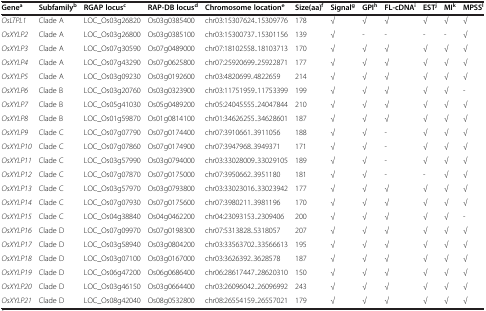
<table><thead><tr><td><b>Gene<sup>a</sup></b></td><td><b>Subfamily<sup>b</sup></b></td><td><b>RGAP locus<sup>c</sup></b></td><td><b>RAP-DB locus<sup>d</sup></b></td><td><b>Chromosome location<sup>e</sup></b></td><td><b>Size(aa)<sup>f</sup></b></td><td><b>Signal<sup>g</sup></b></td><td><b>GPI<sup>h</sup></b></td><td><b>FL-cDNA<sup>i</sup></b></td><td><b>EST<sup>j</sup></b></td><td><b>MI<sup>k</sup></b></td><td><b>MPSS<sup>l</sup></b></td></tr></thead><tbody><tr><td><i>OsLTPL1</i></td><td>Clade A</td><td>LOC_Os03g26820</td><td>Os03g0385400</td><td>chr03:15307624..15309776</td><td>178</td><td>√</td><td>√</td><td>√</td><td>√</td><td>√</td><td>√</td></tr><tr><td><i>OsXYLP2</i></td><td>Clade A</td><td>LOC_Os03g26800</td><td>Os03g0385100</td><td>chr03:15300737..15301156</td><td>139</td><td>√</td><td>-</td><td>-</td><td>-</td><td>-</td><td>√</td></tr><tr><td><i>OsXYLP3</i></td><td>Clade A</td><td>LOC_Os07g30590</td><td>Os07g0489000</td><td>chr07:18102558..18103713</td><td>170</td><td>√</td><td>√</td><td>√</td><td>√</td><td>√</td><td>√</td></tr><tr><td><i>OsXYLP4</i></td><td>Clade A</td><td>LOC_Os07g43290</td><td>Os07g0625800</td><td>chr07:25920699..25922871</td><td>177</td><td>√</td><td>√</td><td>√</td><td>√</td><td>√</td><td>√</td></tr><tr><td><i>OsXYLP5</i></td><td>Clade A</td><td>LOC_Os03g09230</td><td>Os03g0192600</td><td>chr03:4820699..4822659</td><td>214</td><td>√</td><td>√</td><td>√</td><td>√</td><td>√</td><td>√</td></tr><tr><td><i>OsXYLP6</i></td><td>Clade B</td><td>LOC_Os03g20760</td><td>Os03g0323900</td><td>chr03:11751959..11753399</td><td>199</td><td>√</td><td>√</td><td>√</td><td>√</td><td>√</td><td>-</td></tr><tr><td><i>OsXYLP7</i></td><td>Clade B</td><td>LOC_Os05g41030</td><td>Os05g0489200</td><td>chr05:24045555..24047844</td><td>210</td><td>√</td><td>√</td><td>√</td><td>√</td><td>√</td><td>√</td></tr><tr><td><i>OsXYLP8</i></td><td>Clade B</td><td>LOC_Os01g59870</td><td>Os01g0814100</td><td>chr01:34626255..34628601</td><td>187</td><td>√</td><td>√</td><td>√</td><td>√</td><td>√</td><td>√</td></tr><tr><td><i>OsXYLP9</i></td><td>Clade C</td><td>LOC_Os07g07790</td><td>Os07g0174400</td><td>chr07:3910661..3911056</td><td>188</td><td>√</td><td>√</td><td>-</td><td>√</td><td>√</td><td>√</td></tr><tr><td><i>OsXYLP10</i></td><td>Clade C</td><td>LOC_Os07g07860</td><td>Os07g0174900</td><td>chr07:3947968..3949371</td><td>171</td><td>√</td><td>√</td><td>-</td><td>√</td><td>√</td><td>√</td></tr><tr><td><i>OsXYLP11</i></td><td>Clade C</td><td>LOC_Os03g57990</td><td>Os03g0794000</td><td>chr03:33028009..33029105</td><td>189</td><td>√</td><td>√</td><td>-</td><td>√</td><td>√</td><td>√</td></tr><tr><td><i>OsXYLP12</i></td><td>Clade C</td><td>LOC_Os07g07870</td><td>Os07g0175000</td><td>chr07:3950662..3951180</td><td>181</td><td>√</td><td>√</td><td>-</td><td>-</td><td>√</td><td>√</td></tr><tr><td><i>OsXYLP13</i></td><td>Clade C</td><td>LOC_Os03g57970</td><td>Os03g0793800</td><td>chr03:33023016..33023942</td><td>177</td><td>√</td><td>√</td><td>√</td><td>√</td><td>√</td><td>√</td></tr><tr><td><i>OsXYLP14</i></td><td>Clade C</td><td>LOC_Os07g07930</td><td>Os07g0175600</td><td>chr07:3980211..3981196</td><td>170</td><td>√</td><td>√</td><td>√</td><td>√</td><td>√</td><td>√</td></tr><tr><td><i>OsXYLP15</i></td><td>Clade C</td><td>LOC_Os04g38840</td><td>Os04g0462200</td><td>chr04:23093153..2309406</td><td>200</td><td>√</td><td>√</td><td>√</td><td>√</td><td>√</td><td>-</td></tr><tr><td><i>OsXYLP16</i></td><td>Clade D</td><td>LOC_Os07g09970</td><td>Os07g0198300</td><td>chr07:5313828..5318057</td><td>207</td><td>√</td><td>√</td><td>√</td><td>√</td><td>√</td><td>√</td></tr><tr><td><i>OsXYLP17</i></td><td>Clade D</td><td>LOC_Os03g58940</td><td>Os03g0804200</td><td>chr03:33563702..33566613</td><td>195</td><td>√</td><td>√</td><td>√</td><td>√</td><td>√</td><td>√</td></tr><tr><td><i>OsXYLP18</i></td><td>Clade D</td><td>LOC_Os03g07100</td><td>Os03g0167000</td><td>chr03:3626392..3628578</td><td>187</td><td>√</td><td>√</td><td>√</td><td>√</td><td>√</td><td>√</td></tr><tr><td><i>OsXYLP19</i></td><td>Clade D</td><td>LOC_Os06g47200</td><td>Os06g0686400</td><td>chr06:28617447..28620310</td><td>150</td><td>√</td><td>√</td><td>√</td><td>√</td><td>√</td><td>√</td></tr><tr><td><i>OsXYLP20</i></td><td>Clade D</td><td>LOC_Os03g46150</td><td>Os03g0664400</td><td>chr03:26096042..26096992</td><td>243</td><td>√</td><td>√</td><td>√</td><td>√</td><td>√</td><td>√</td></tr><tr><td><i>OsXYLP21</i></td><td>Clade D</td><td>LOC_Os08g42040</td><td>Os08g0532800</td><td>chr08:26554159..26557021</td><td>179</td><td>√</td><td>√</td><td>√</td><td>√</td><td>√</td><td>√</td></tr></tbody></table>